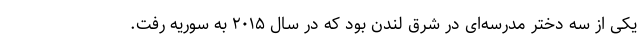
یکی از سه دختر مدرسه‌ای در شرق لندن بود که در سال ۲۰۱۵ به سوریه رفت.